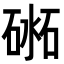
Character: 𥔨